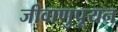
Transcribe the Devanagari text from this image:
जीवाणुपूयन